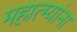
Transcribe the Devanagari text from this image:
महात्म्यांना